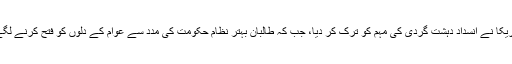
امریکا نے انسدادِ دہشت گردی کی مہم کو ترک کر دیا، جب کہ طالبان بہتر نظامِ حکومت کی مدد سے عوام کے دلوں کو فتح کرنے لگے۔